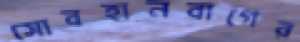
সোবহানবাগের